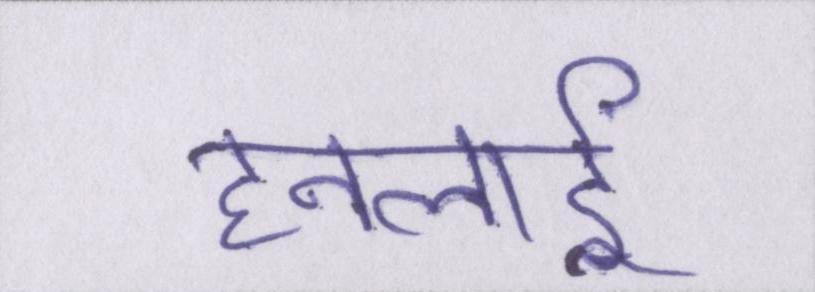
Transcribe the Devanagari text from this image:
हनलाई